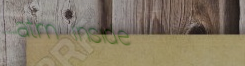
atm inside